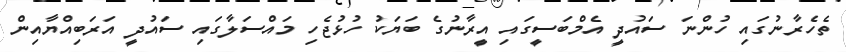
ތެހެރާނުގައި ހުންނަ ސައުދީ އެމްބަސީގައި އީރާނުގެ ބަޔަކު ހުޅުޖެހި މައްސަލާގައި ސައުދީ އަރަބިއްޔާއިން